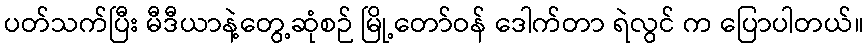
ပတ်သက်ပြီး မီဒီယာနဲ့တွေ့ဆုံစဉ် မြို့တော်ဝန် ဒေါက်တာ ရဲလွင် က ပြောပါတယ်။